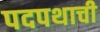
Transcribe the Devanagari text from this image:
पदपथाची